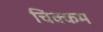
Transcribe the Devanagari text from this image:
चिक्कम